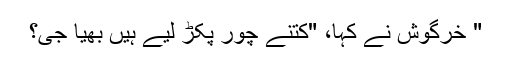
" خرگوش نے کہا، "کتنے چور پکڑ لیے ہیں بھیّا جی؟